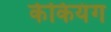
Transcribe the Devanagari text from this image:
केकियंग